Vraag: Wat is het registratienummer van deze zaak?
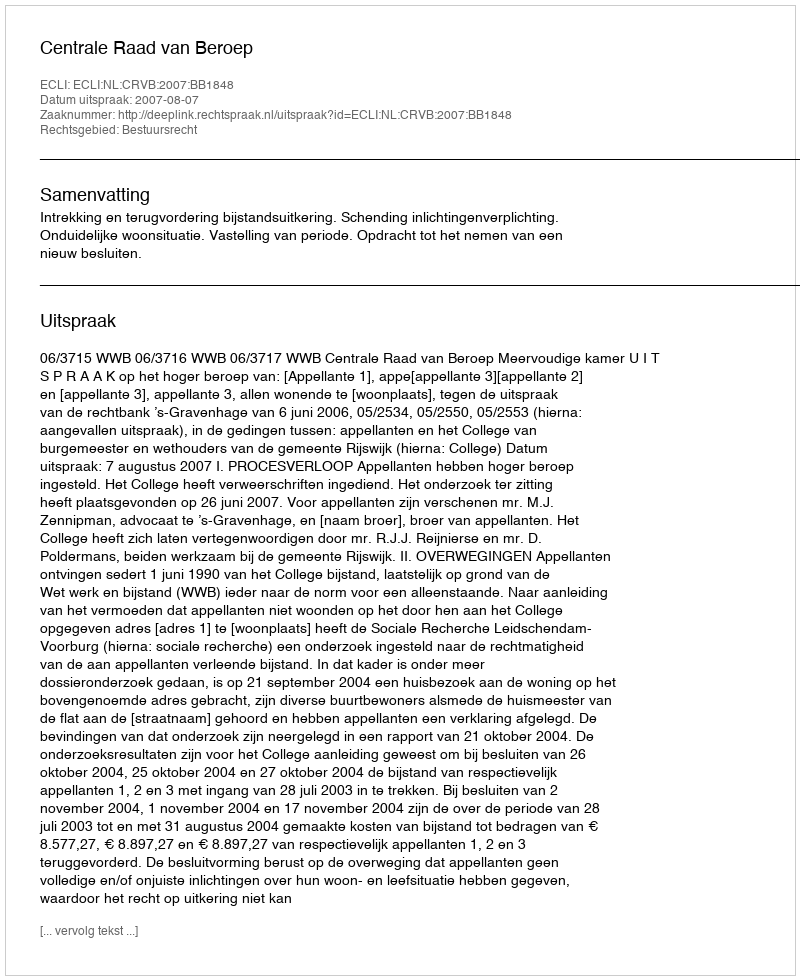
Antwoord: http://deeplink.rechtspraak.nl/uitspraak?id=ECLI:NL:CRVB:2007:BB1848